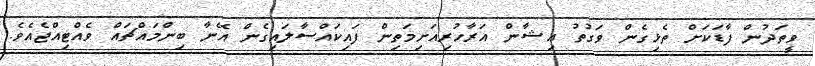
ވީތަދުން ފާޑަކަށް ތެޅިގެން ވަގުތު އިޝާން އަރާހުރިއަށިމަތިން ފައިކައްސާލައިގެން އޭނާ ބިންމައްޗައް ވެއްޓިއްޖެއެވެ.